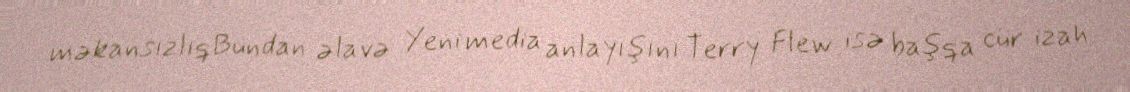
məkansızlıqBundan əlavə Yeni media anlayışını Terry Flew isə başqa cür izah